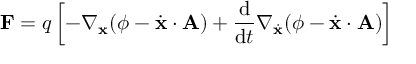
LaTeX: \mathbf { F } = q \left[ - \nabla _ { \mathbf { x } } ( \phi - { \dot { \mathbf { x } } } \cdot \mathbf { A } ) + { \frac { \mathrm { d } } { \mathrm { d } t } } \nabla _ { \dot { \mathbf { x } } } ( \phi - { \dot { \mathbf { x } } } \cdot \mathbf { A } ) \right]